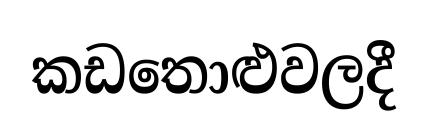
කඩතොළුවලදී